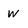
Character: w